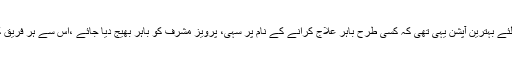
اس صورتحال میں حکومت کے لئے بہترین آپشن یہی تھی کہ کسی طرح باہر علاج کرانے کے نام پر سہی، پرویز مشرف کو باہر بھیج دیا جائے ،اس سے ہر فریق کا کچھ نہ کچھ بھرم رہ جائے گا۔